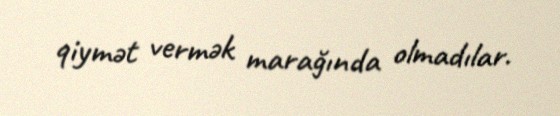
qiymət vermək marağında olmadılar.